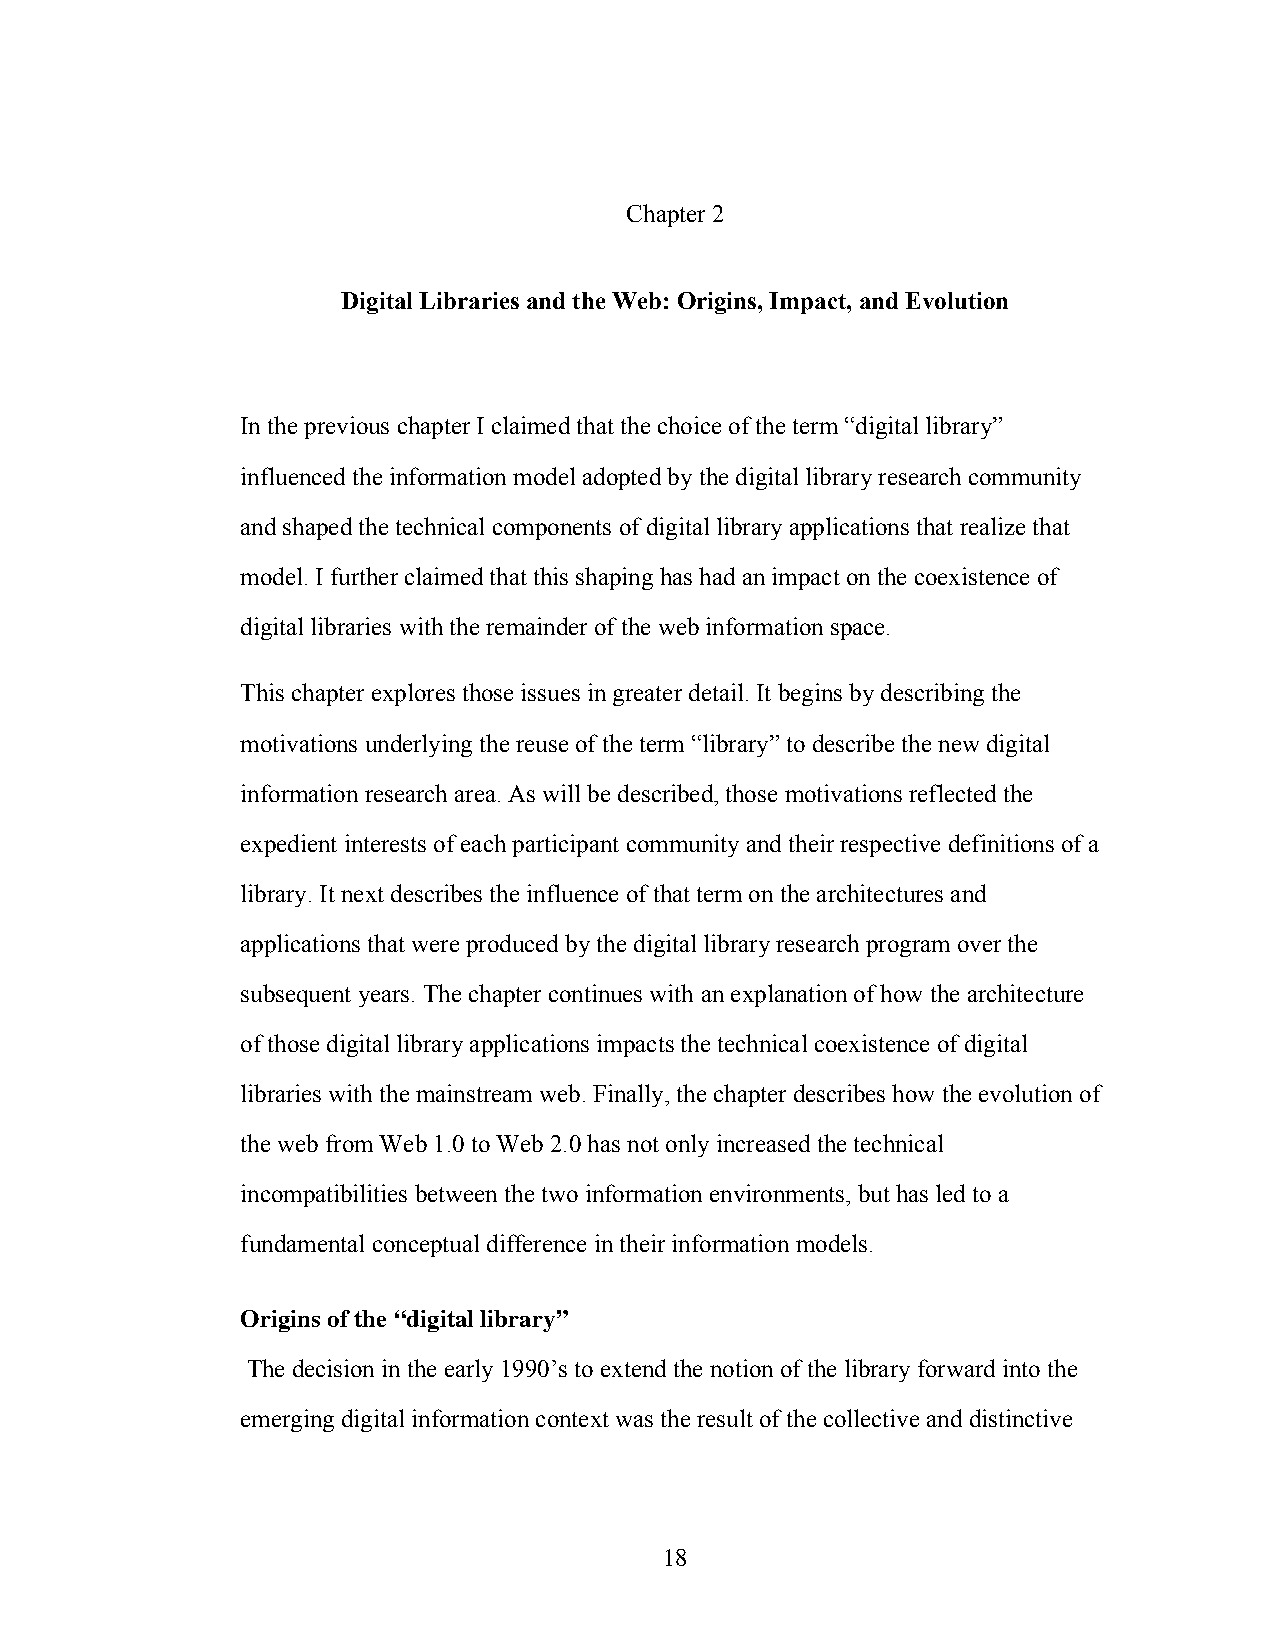
Chapter 2
 Digital Libraries and the Web: Origins, Impact, and Evolution
 In the previous chapter I claimed that the choice of the term “digital library”
 influenced the information model adopted by the digital library research community
 and shaped the technical components of digital library applications that realize that
 model. I further claimed that this shaping has had an impact on the coexistence of
 digital libraries with the remainder of the web information space.
 This chapter explores those issues in greater detail. It begins by describing the
 motivations underlying the reuse of the term “library” to describe the new digital
 information research area. As will be described, those motivations reflected the
 expedient interests of each participant community and their respective definitions of a
 library. It next describes the influence of that term on the architectures and
 applications that were produced by the digital library research program over the
 subsequent years. The chapter continues with an explanation of how the architecture
 of those digital library applications impacts the technical coexistence of digital
 libraries with the mainstream web. Finally, the chapter describes how the evolution of
 the web from Web 1.0 to Web 2.0 has not only increased the technical
 incompatibilities between the two information environments, but has led to a
 fundamental conceptual difference in their information models.
 Origins of the “digital library”
 The decision in the early 1990’s to extend the notion of the library forward into the
 emerging digital information context was the result of the collective and distinctive
 18